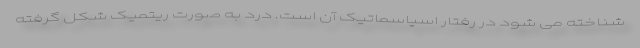
شناخته می شود در رفتار اسپاسماتیک آن است. درد به صورت ریتمیک شکل گرفته